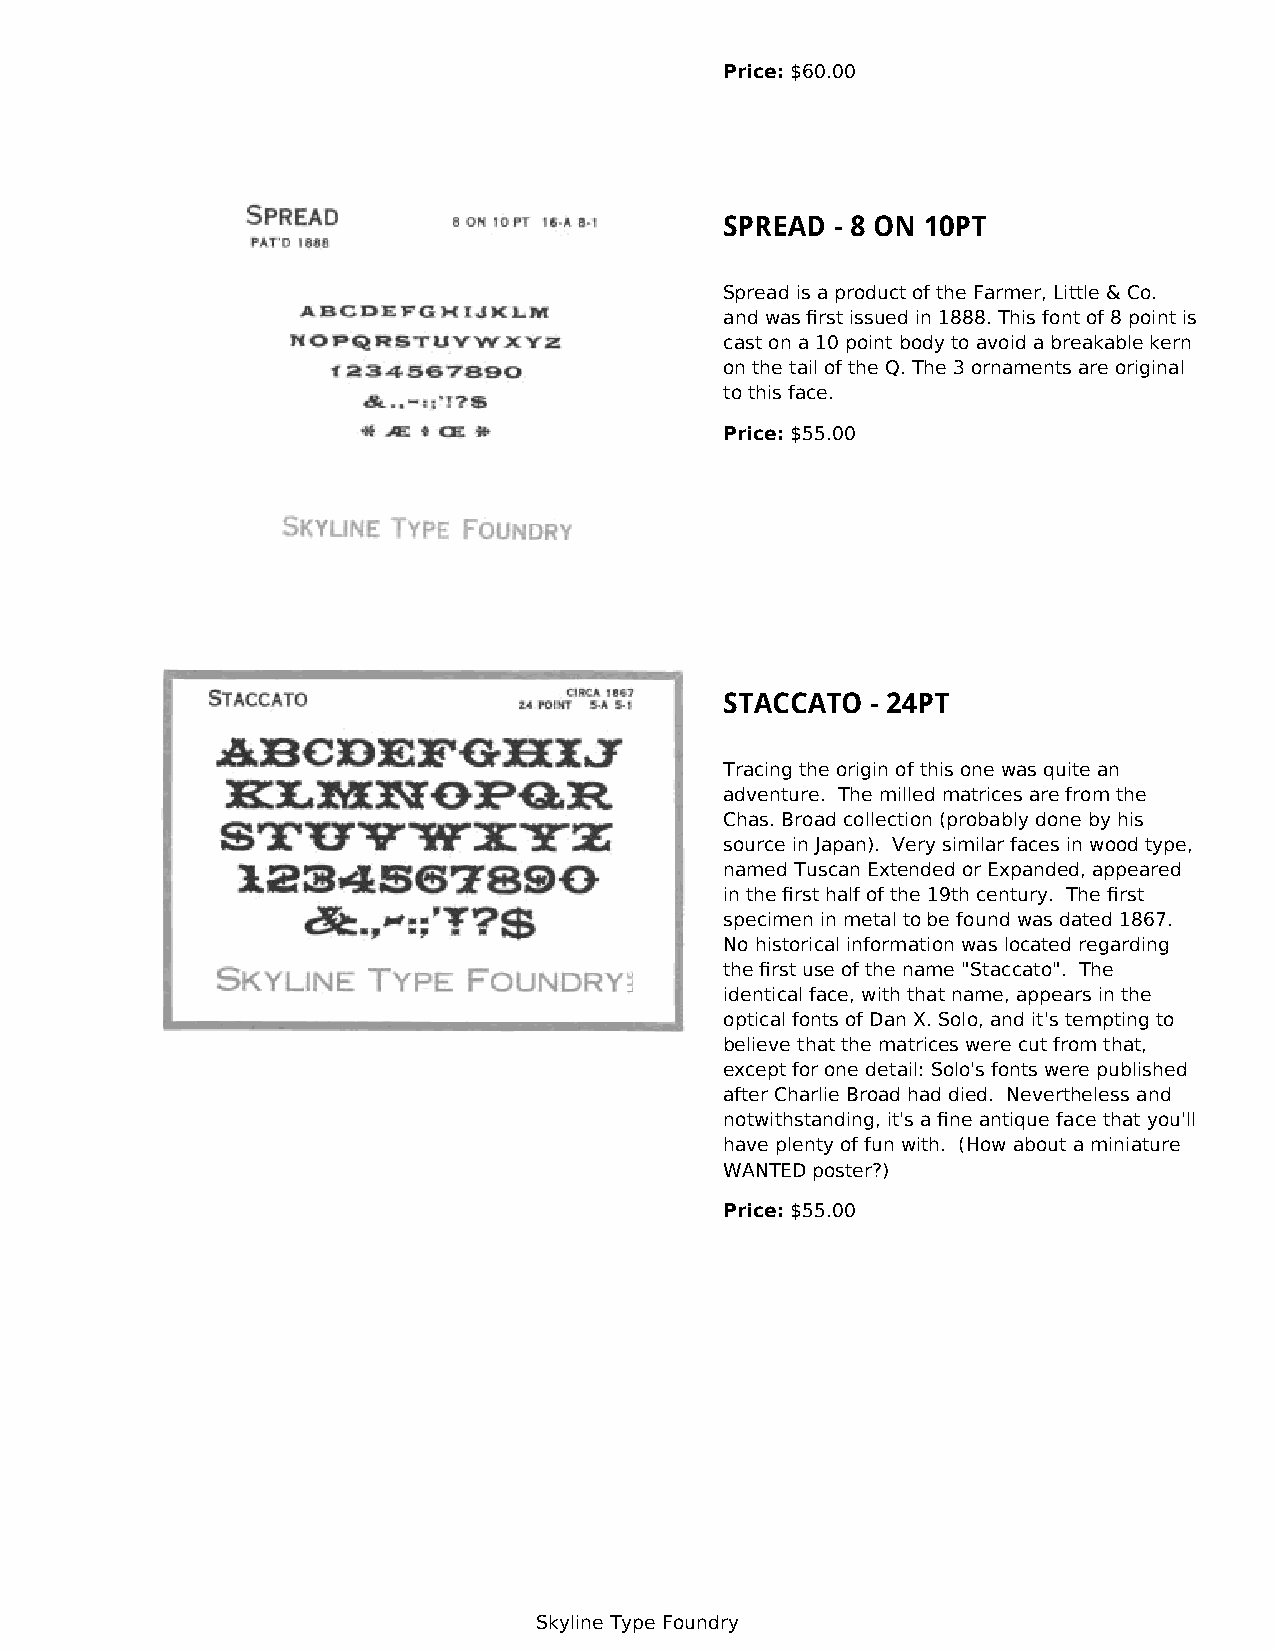
Price: $60.00
 SPREAD - 8 ON 10PT
 Spread is a product of the Farmer, Little & Co.
 and was first issued in 1888. This font of 8 point is
 cast on a 10 point body to avoid a breakable kern
 on the tail of the Q. The 3 ornaments are original
 to this face.
 Price: $55.00
 STACCATO  - 24PT
 Tracing the origin of this one was quite an
 adventure. The milled matrices are from the
 Chas. Broad collection (probably done by his
 source in Japan). Very similar faces in wood type,
 named Tuscan Extended or Expanded, appeared
 in the first half of the 19th century. The first
 specimen in metal to be found was dated 1867.
 No historical information was located regarding
 the first use of the name "Staccato". The
 identical face, with that name, appears in the
 optical fonts of Dan X. Solo, and it's tempting to
 believe that the matrices were cut from that,
 except for one detail: Solo's fonts were published
 after Charlie Broad had died. Nevertheless and
 notwithstanding, it's a fine antique face that you'll
 have plenty of fun with. (How about a miniature
 WANTED poster?)
 Price: $55.00
 Skyline Type Foundry